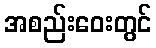
အစည်းဝေးတွင်